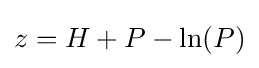
z=H+P-{\text{ln}}(P)